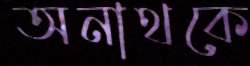
অনাথকে